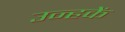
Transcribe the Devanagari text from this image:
उन्हकें